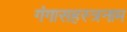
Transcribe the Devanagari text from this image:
गंगासहस्त्रनाम